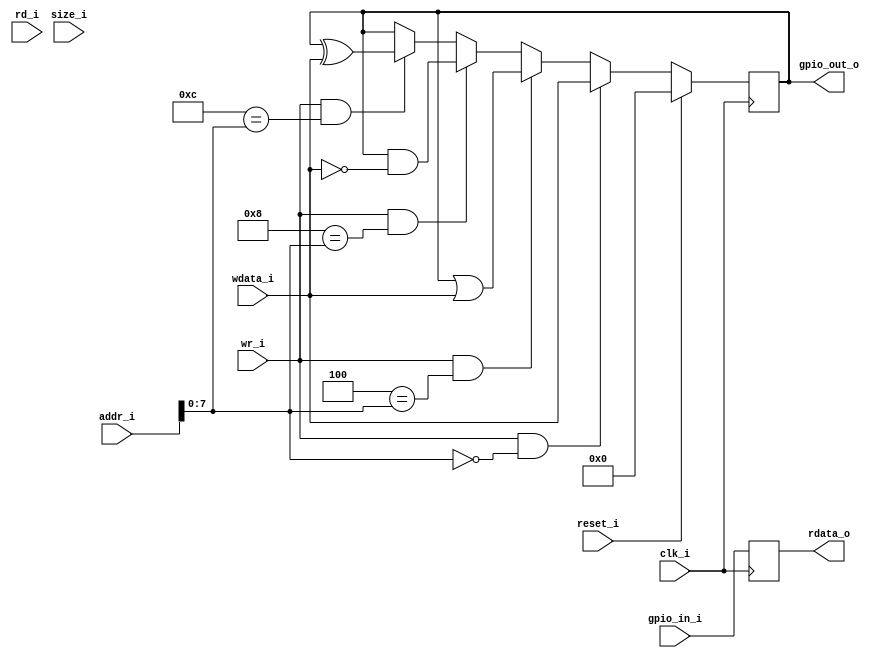
/*
 * Copyright (c) 2017-2018, Alex Taradov <alex@taradov.com>
 * All rights reserved.
 *
 * Redistribution and use in source and binary forms, with or without
 * modification, are permitted provided that the following conditions are met:
 *
 * 1. Redistributions of source code must retain the above copyright notice,
 *    this list of conditions and the following disclaimer.
 * 2. Redistributions in binary form must reproduce the above copyright
 *    notice, this list of conditions and the following disclaimer in the
 *    documentation and/or other materials provided with the distribution.
 * 3. The name of the author may not be used to endorse or promote products
 *    derived from this software without specific prior written permission.
 *
 * THIS SOFTWARE IS PROVIDED BY THE COPYRIGHT HOLDERS AND CONTRIBUTORS "AS IS"
 * AND ANY EXPRESS OR IMPLIED WARRANTIES, INCLUDING, BUT NOT LIMITED TO, THE
 * IMPLIED WARRANTIES OF MERCHANTABILITY AND FITNESS FOR A PARTICULAR PURPOSE
 * ARE DISCLAIMED. IN NO EVENT SHALL THE COPYRIGHT HOLDER OR CONTRIBUTORS BE
 * LIABLE FOR ANY DIRECT, INDIRECT, INCIDENTAL, SPECIAL, EXEMPLARY, OR
 * CONSEQUENTIAL DAMAGES (INCLUDING, BUT NOT LIMITED TO, PROCUREMENT OF
 * SUBSTITUTE GOODS OR SERVICES; LOSS OF USE, DATA, OR PROFITS; OR BUSINESS
 * INTERRUPTION) HOWEVER CAUSED AND ON ANY THEORY OF LIABILITY, WHETHER IN
 * CONTRACT, STRICT LIABILITY, OR TORT (INCLUDING NEGLIGENCE OR OTHERWISE)
 * ARISING IN ANY WAY OUT OF THE USE OF THIS SOFTWARE, EVEN IF ADVISED OF THE
 * POSSIBILITY OF SUCH DAMAGE.
 */

`timescale 1ns / 1ps

module per_gpio (
  input         clk_i,
  input         reset_i,

  input  [31:0] addr_i,
  input  [31:0] wdata_i,
  output [31:0] rdata_o,
  input   [1:0] size_i,
  input         rd_i,
  input         wr_i,

  input  [31:0] gpio_in_i,
  output [31:0] gpio_out_o
);

//-----------------------------------------------------------------------------
localparam
  REG_OUT_WRITE = 8'h00,
  REG_OUT_SET   = 8'h04,
  REG_OUT_CLR   = 8'h08,
  REG_OUT_TGL   = 8'h0c,
  REG_IN_READ   = 8'h10;

//-----------------------------------------------------------------------------
wire reg_out_write_w = (REG_OUT_WRITE == addr_i[7:0]);
wire reg_out_set_w   = (REG_OUT_SET   == addr_i[7:0]);
wire reg_out_clr_w   = (REG_OUT_CLR   == addr_i[7:0]);
wire reg_out_tgl_w   = (REG_OUT_TGL   == addr_i[7:0]);

//-----------------------------------------------------------------------------
reg [31:0] gpio_out_r;

always @(posedge clk_i) begin
  if (reset_i)
    gpio_out_r <= 32'h0;
  else if (wr_i && reg_out_write_w)
    gpio_out_r <= wdata_i;
  else if (wr_i && reg_out_set_w)
    gpio_out_r <= gpio_out_r | wdata_i;
  else if (wr_i && reg_out_clr_w)
    gpio_out_r <= gpio_out_r & ~wdata_i;
  else if (wr_i && reg_out_tgl_w)
    gpio_out_r <= gpio_out_r ^ wdata_i;
end

assign gpio_out_o = gpio_out_r;

//-----------------------------------------------------------------------------
reg [31:0] reg_data_r;

always @(posedge clk_i) begin
  reg_data_r <= gpio_in_i; // All addresses are mapped to gpio_in_i
end

//-----------------------------------------------------------------------------
assign rdata_o = reg_data_r;

endmodule